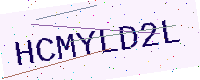
Text: HCMYLD2L